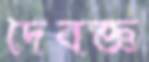
দৈবজ্ঞ